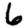
Digit: 6